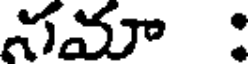
సమా :